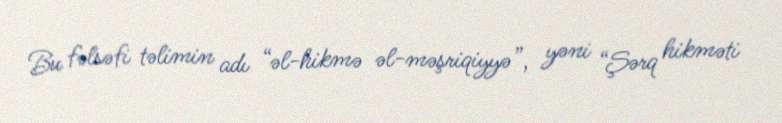
Bu fəlsəfi təlimin adı “əl-hikmə əl-məşriqiyyə”, yəni “Şərq hikməti